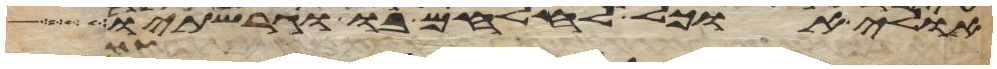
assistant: אולי אוכל להלחם בו וגרשתיו